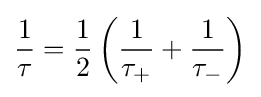
{\frac {1}{\tau }}={\frac {1}{2}}\left({\frac {1}{\tau _{+}}}+{\frac {1}{\tau _{-}}}\right)